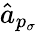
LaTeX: \hat{a}_{p_{\sigma}}